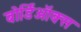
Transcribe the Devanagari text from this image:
बोर्डिऑक्स